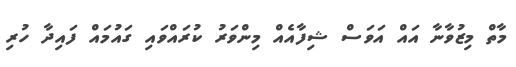
މާތް މިޒުވާނާ އައް އަވަސް ޝިފާއެއް މިންވަރު ކުރައްވައި ގައުމައް ފައިދާ ހުރި